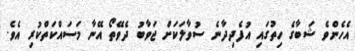
އެހެންވެ ޝަބާގެ ހިތުގައި އުފެދިދާނެ ސުވާލަކަށް ޖަވާބު ދެވޭތޯ އޭނާ މަސައްކަތްކުރި އެވެ.